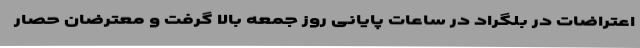
اعتراضات در بلگراد در ساعات پایانی روز جمعه بالا گرفت و معترضان حصار